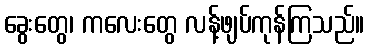
ခွေးတွေ၊ ကလေးတွေ လန့်ဖျပ်ကုန်ကြသည်။